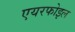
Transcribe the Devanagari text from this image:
एयरफोइल